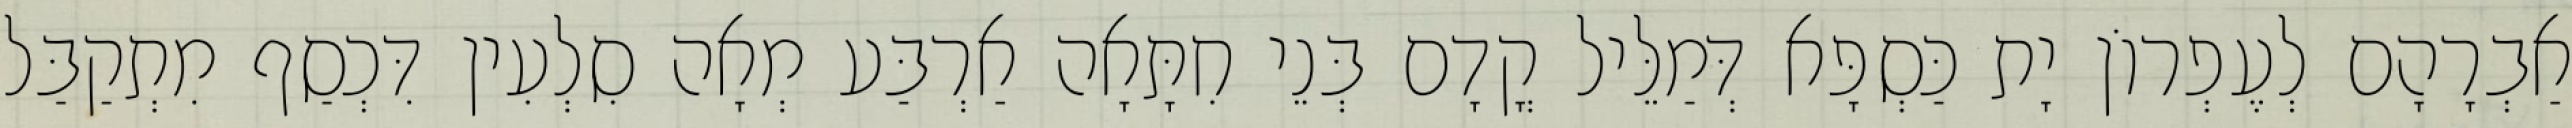
אַבְרָהָם לְעֶפְרוֹן יָת כַּסְפָּא דְּמַלֵּיל קֳדָם בְּנֵי חִתָּאָה אַרְבַּע מְאָה סִלְעִין דִּכְסַף מִתְקַבַּל